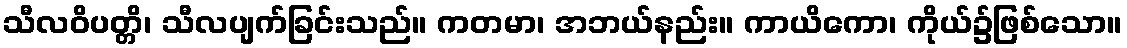
သီလဝိပတ္တိ၊ သီလပျက်ခြင်းသည်။ ကတမာ၊ အဘယ်နည်း။ ကာယိကော၊ ကိုယ်၌ဖြစ်သော။